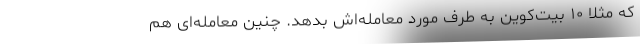
که مثلا ۱۰ بیت‌کوین به طرف مورد معامله‌اش بدهد. چنین معامله‌ای هم